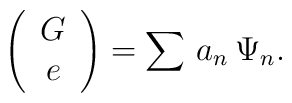
\left(\begin{array}{c}  G\\e \end{array}\right)=\sum\,a_n\,\Psi_n.\nonumber